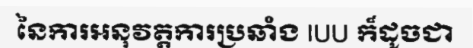
នៃការអនុវត្តការប្រឆាំង IUU ក៏ដូចជា